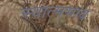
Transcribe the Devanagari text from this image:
स्वात्मभाव